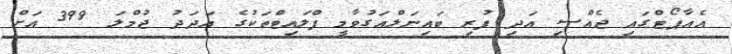
އެއާޕޯޓްގައި ޖެއްސި އަދި ފުރި ބައިނަލްއަގުވާމީ ފްލައިޓްތަކުގެ އަދަދު ޖުމްލަ 399 އަށް